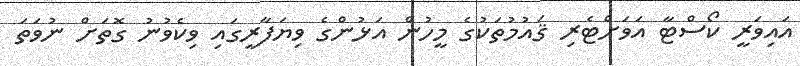
އައިވަރީ ކޯސްޓާ އަވަށްޓެރި ޤައުމުތަކުގެ މީހުން އަޅުންގެ ވިޔަފާރީގައި ވިކެވުނު ގޮތަށް ނުވަތަ